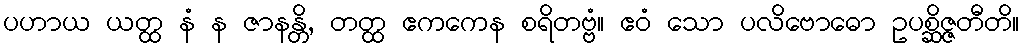
ပဟာယ ယတ္ထ နံ န ဇာနန္တိ, တတ္ထ ဧကကေန စရိတဗ္ဗံ။ ဧဝံ သော ပလိဗောဓော ဥပစ္ဆိဇ္ဇတီတိ။